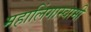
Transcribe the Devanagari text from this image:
महालिंगास्वामी